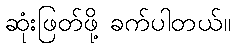
ဆုံးဖြတ်ဖို့ ခက်ပါတယ်။